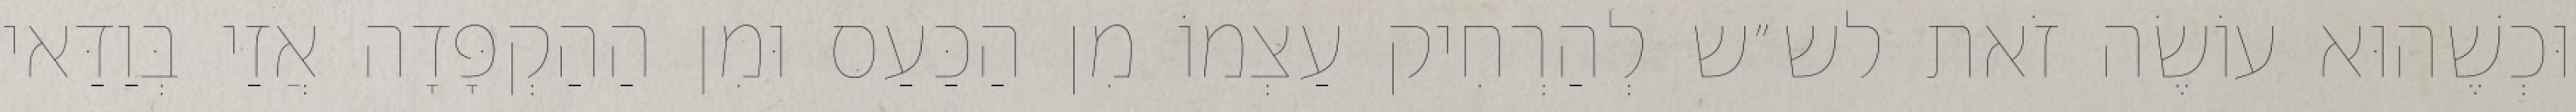
וּכְשֶׁהוּא עוֹשֶׂה זֹאת לש״ש לְהַרְחִיק עַצְמוֹ מִן הַכַּעַס וּמִן הַהַקְפָּדָה אֲזַי בְּוַדַּאי